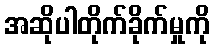
အဆိုပါတိုက်ခိုက်မှုကို